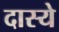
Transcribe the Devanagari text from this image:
दास्ये